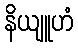
နိယျူဟံ